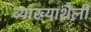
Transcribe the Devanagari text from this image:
व्याख्याशैली